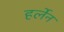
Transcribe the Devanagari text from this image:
हर्लेन